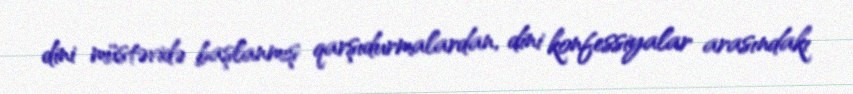
dini müstəvidə başlanmış qarşıdurmalardan, dini konfessiyalar arasındakı